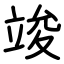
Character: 竣